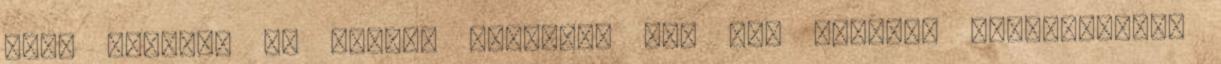
volt látható az "igen" mezőnél. "Ez nem annyira egyértelmű",